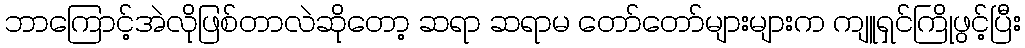
ဘာကြောင့်အဲလိုဖြစ်တာလဲဆိုတော့ ဆရာ ဆရာမ တော်တော်များများက ကျူရှင်ကြိုဖွင့်ပြီး